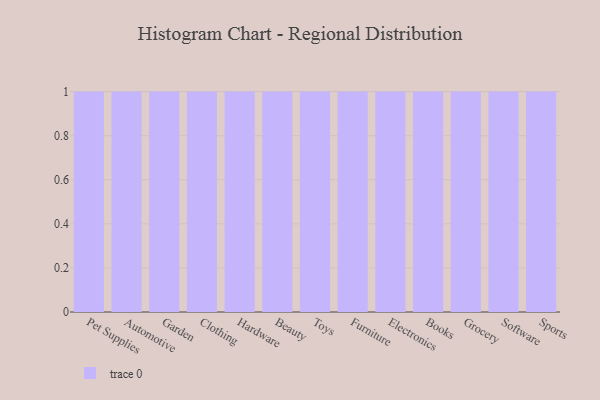
{"axis": {"x": "Category", "y": "Demand Index"}, "legend": [""], "data": [{"x": "Pet Supplies", "y": 53, "type": ""}, {"x": "Automotive", "y": 60, "type": ""}, {"x": "Garden", "y": 79, "type": ""}, {"x": "Clothing", "y": 65, "type": ""}, {"x": "Hardware", "y": 31, "type": ""}, {"x": "Beauty", "y": 86, "type": ""}, {"x": "Toys", "y": 36, "type": ""}, {"x": "Furniture", "y": 27, "type": ""}, {"x": "Electronics", "y": 1, "type": ""}, {"x": "Books", "y": 5, "type": ""}, {"x": "Grocery", "y": 96, "type": ""}, {"x": "Software", "y": 58, "type": ""}, {"x": "Sports", "y": 47, "type": ""}]}